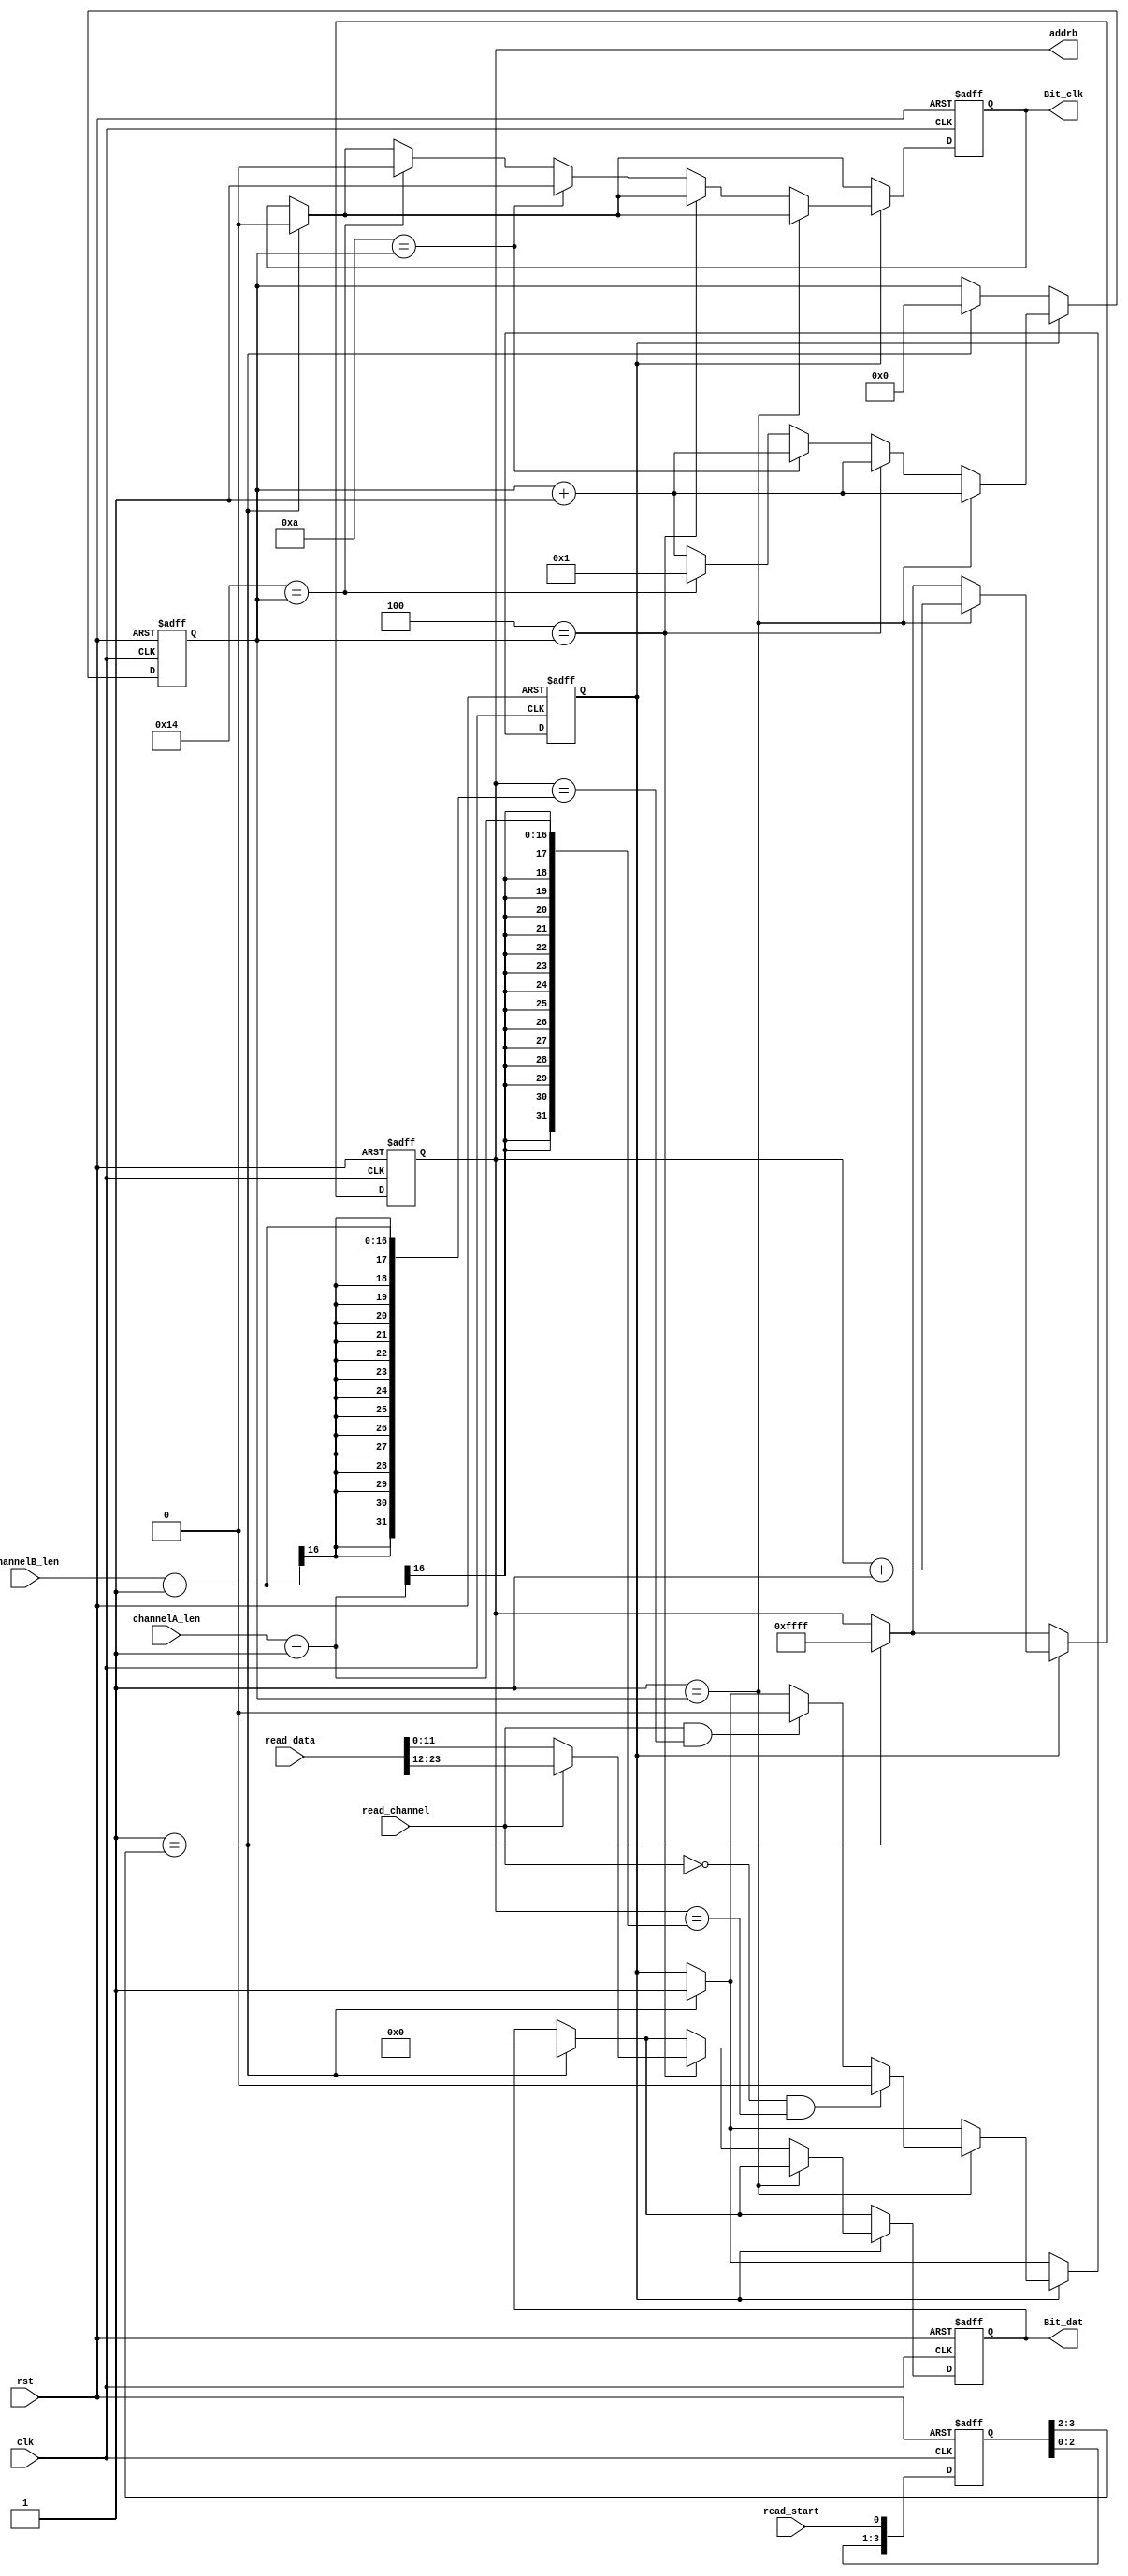
`timescale 1ns / 1ps
//////////////////////////////////////////////////////////////////////////////////
// Company: 
// Engineer: 
// 
// Design Name: 
// Module Name: top_lvds
// Project Name: 
// Target Devices: 
// Tool Versions: 
// Description: 
// 
// Dependencies: 
// 
// Revision:
// Revision 0.01 - File Created
// Additional Comments:
// 
//////////////////////////////////////////////////////////////////////////////////

module ADC_master_read(  
    input	rst,  
    input	clk,

	input   read_start,
	input 	read_channel,
	input [15:0]	channelA_len,
	input [15:0]	channelB_len,
	input [23:0]	read_data,

	output reg Bit_clk,
	output reg [15:0] addrb,
	output reg [11:0] Bit_dat
    );

	localparam	CLK_period	= 20;

	reg clk_vld;
	reg [7:0]	count;
	reg [3:0]	read1_en;
  	always@(posedge clk or negedge rst)
	begin
		if (1'b0 == rst)
		begin
			count		<= 8'h00;
			clk_vld		<= 1'b0;
			read1_en	<= 4'h0;
			addrb		<= 16'h0;	
			Bit_clk		<= 1'b0;
			Bit_dat		<= 12'h000;
		end
		else
		begin
			read1_en <= {read1_en[2:0],read_start};
			if (2'b01 == read1_en[3:2])
			begin
				clk_vld	<= 1'b1;
				Bit_clk	<= 1'b0;
				count	<= 8'h00;
				addrb	<= 16'hFFFF;
				Bit_dat	<= 12'h000;
			end
			if (1'b1 == clk_vld)
			begin
				count	<=	count + 1'b1;
				if (8'h01 == count)
				begin
					addrb	<= addrb + 1'b1;
					if ((1'b0 == read_channel) && (addrb == channelA_len-1))
						clk_vld	<= 1'b0;
					else if ((1'b1 == read_channel) && (addrb == channelB_len-1))
						clk_vld	<= 1'b0;
				end
				else if (8'h04 == count)
				begin
					if (1'b0 == read_channel)
						Bit_dat	<= read_data[11:0];
					else
						Bit_dat	<= read_data[23:12];
				end
				else if (CLK_period/2 == count)
					Bit_clk	<= 1'b1;
				else if (CLK_period == count)
				begin
					Bit_clk <= 1'b0;
					count	<= 8'h01;
				end	
			end
		end
	end

endmodule